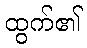
ထွက်၏